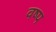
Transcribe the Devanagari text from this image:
वष्प